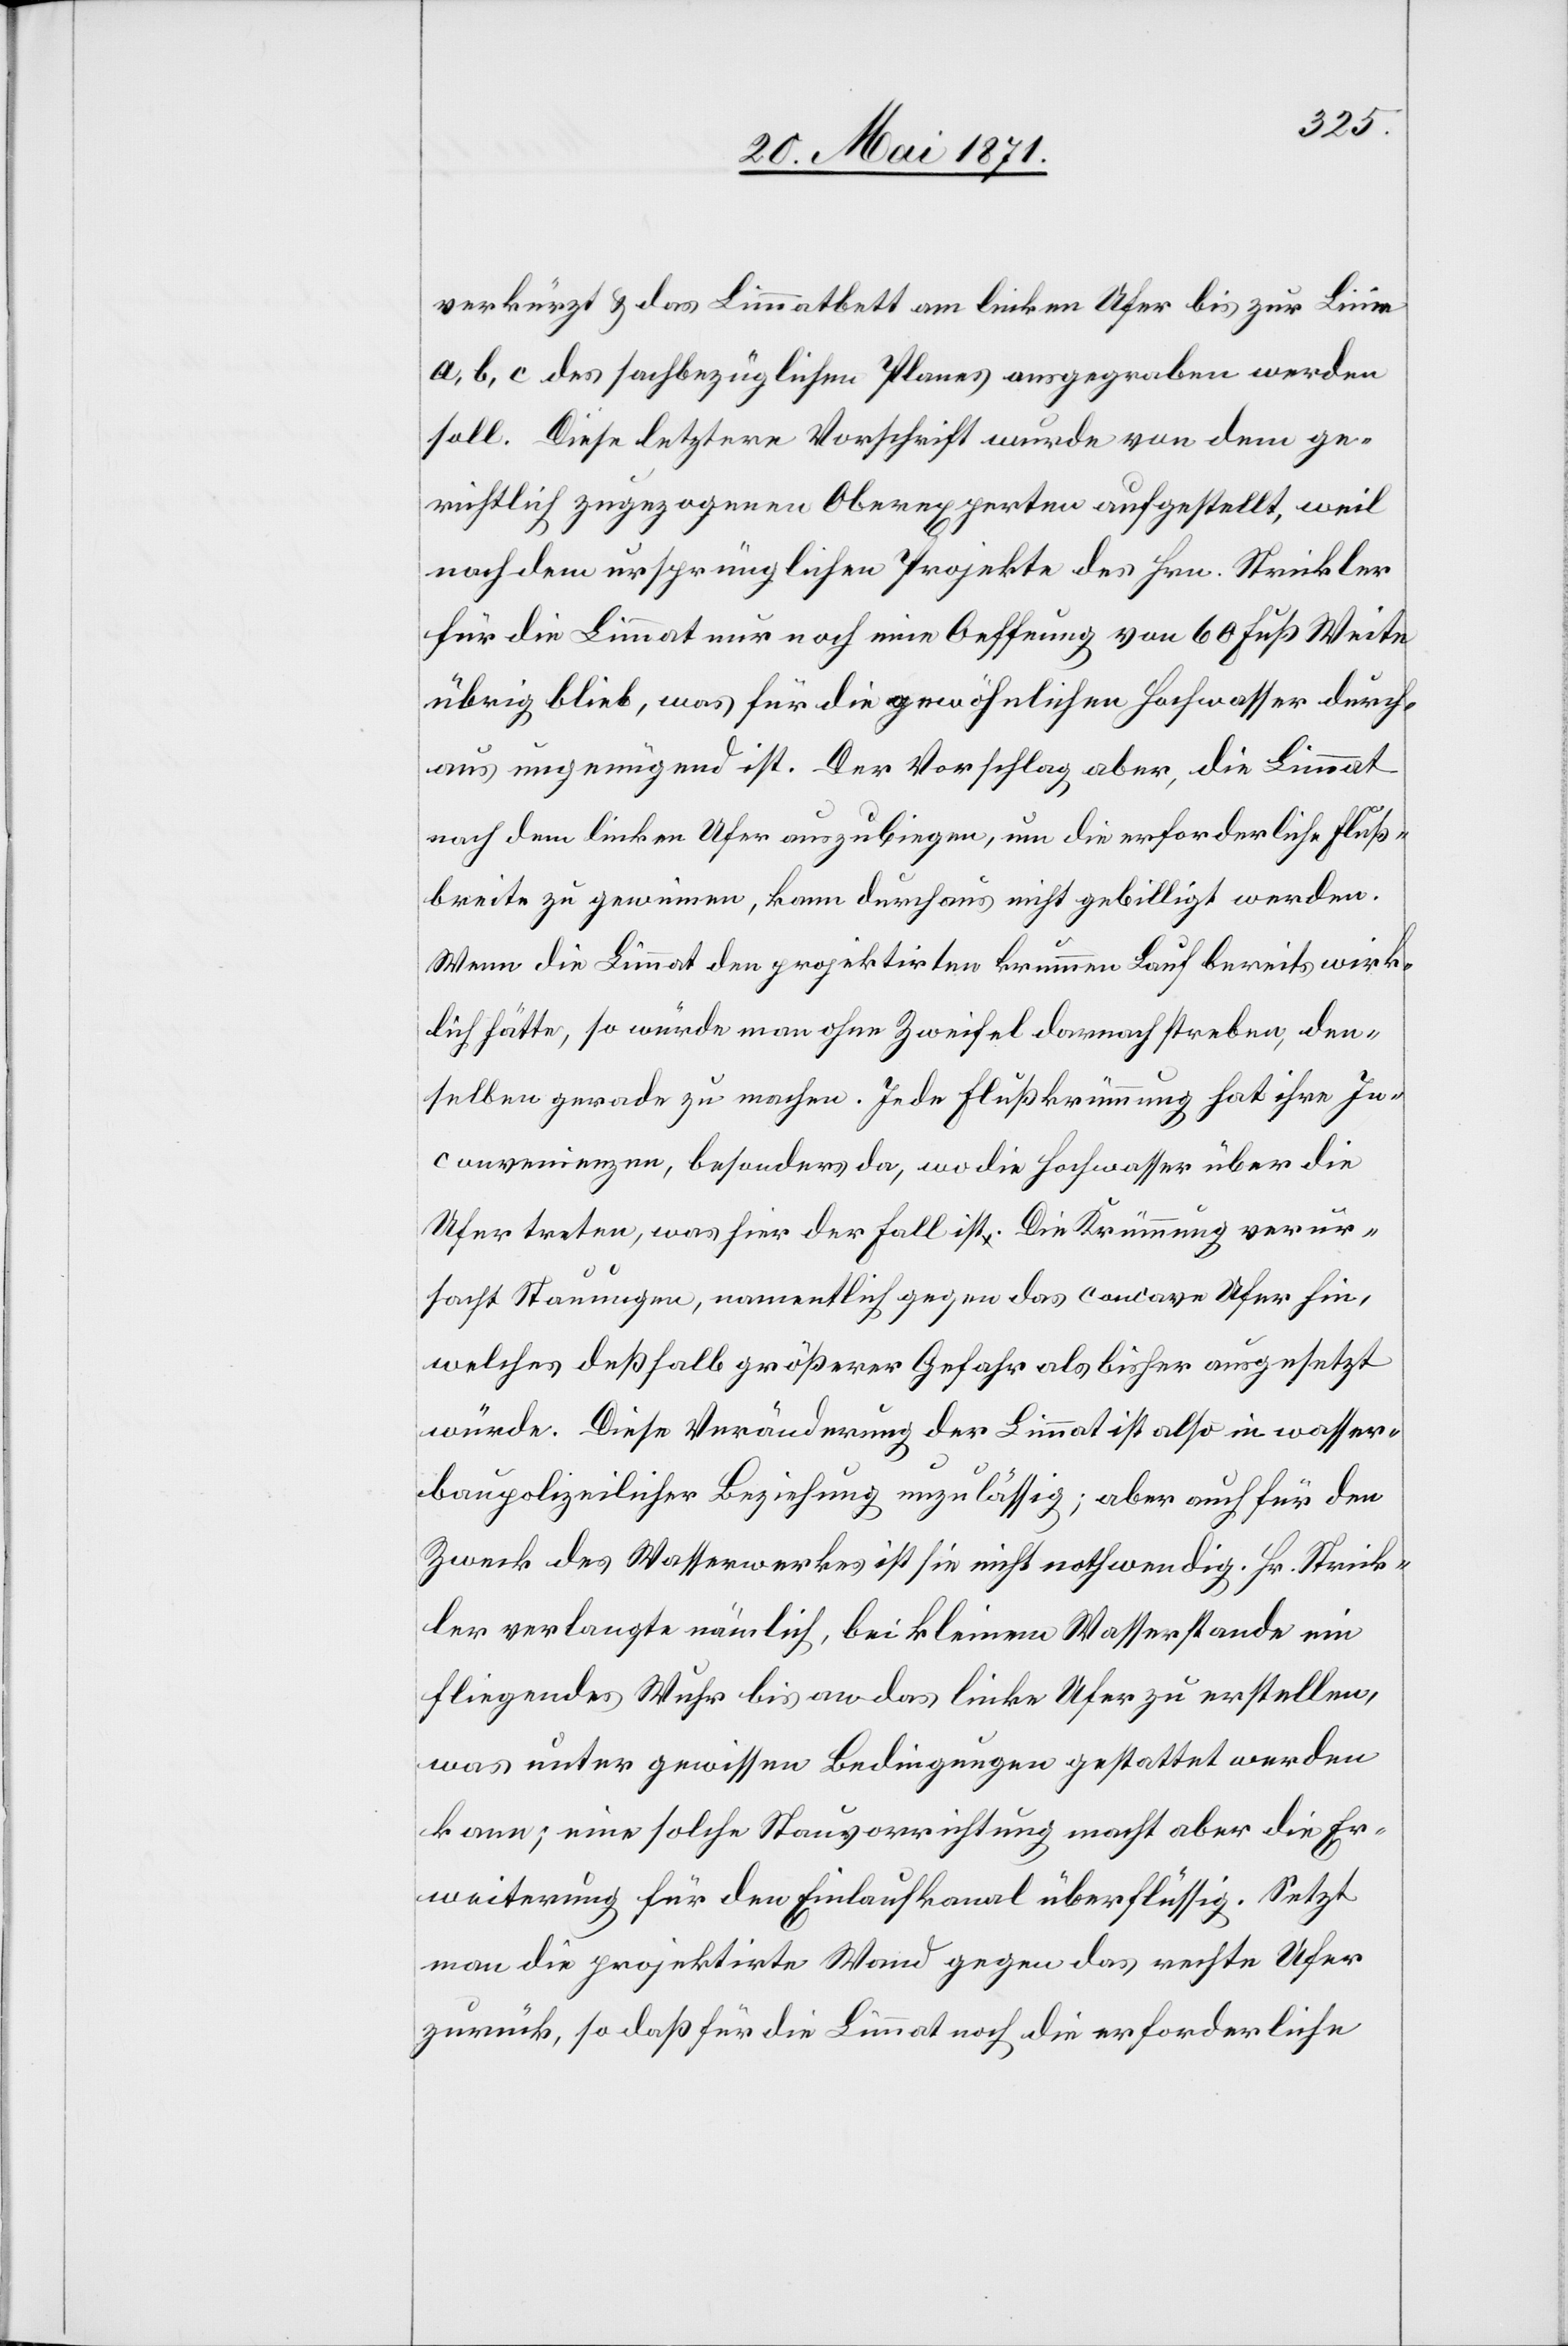
verkürzt u. das Limmatbett am linken Ufer bis zur Linie
a, b, c des sachbezüglichen Planes ausgegraben werden
soll. Diese letztere Vorschrift wurde von dem ge¬
richtlich zugezogenen Oberexperten aufgestellt, weil
nach dem ursprünglichen Projekte des Hrn. Strickler
für die Limmat nur noch eine Oeffnung von 60 Fuß Weite
übrig blieb, was für die gewöhnlichen Hochwasser durch¬
aus ungenügend ist. Der Vorschlag aber, die Limmat
nach dem linken Ufer auszubiegen, um die erforderliche Fluß¬
breite zu gewinnen, kann durchaus nicht gebilligt werden.
Wenn die Limmat den projektirten krummen Lauf bereits wirk¬
lich hätte, so würde man ohne Zweifel darnach streben, den¬
selben gerade zu machen. Jede Flußkrümmung hat ihre In¬
convenienzen, besonders da, wo die Hochwasser über die
Ufer treten, was hier der Fall ist. Die Krümmung verur¬
sacht Stauungen, namentlich gegen das concave Ufer hin,
welches deßhalb größerer Gefahr als bisher ausgesetzt
würde. Diese Veränderung der Limmat ist also in wasser¬
baupolizeilicher Beziehung unzulässig; aber auch für den
Zweck des Wasserwerkes ist sie nicht nothwendig. Hr. Strick¬
ler verlangte nämlich, bei kleinem Wasserstande ein
fliegendes Wuhr bis an das linke Ufer zu erstellen,
was unter gewissen Bedingungen gestattet werden
kann; eine solche Stauvorrichtung macht aber die Er¬
weiterung für den Einlaufkanal überflüssig. Setzt
man die projektirte Wand gegen das rechte Ufer
zurück, so daß für die Limmat noch die erforderliche